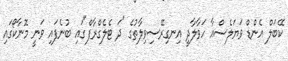
ކޭބަލް އެންޑް ވަޔަލެސްއާ ހަވާލާދީ އިނގިރޭސިވިލާތުގެ "ދަ ޓެލެގްރާފް"ގައި ބުނެފައި ވަނީ މޮނާކޯގައި